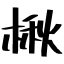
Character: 楸